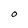
Character: 0